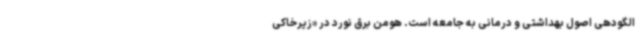
الگودهی اصول بهداشتی و درمانی به جامعه است. هومن برق نورد در «زیرخاکی